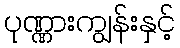
ပုဏ္ဏားကျွန်းနှင့်